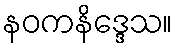
နဝကနိဒ္ဒေသ။